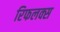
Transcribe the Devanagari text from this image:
रिफलक्स